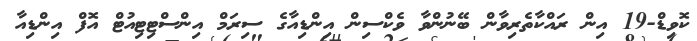
ކޮވިޑް-19 އިން ރައްކާތެރިވާން ބޭނުންވާ ވެކްސިން އިންޑިއާގެ ސިރަމް އިންސްޓިޓިއުޓް އޮފް އިންޑިއާ